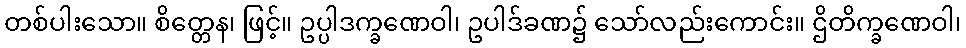
တစ်ပါးသော။ စိတ္တေန၊ ဖြင့်။ ဥပ္ပါဒက္ခဏေဝါ၊ ဥပါဒ်ခဏ၌ သော်လည်းကောင်း။ ဌိတိက္ခဏေဝါ၊